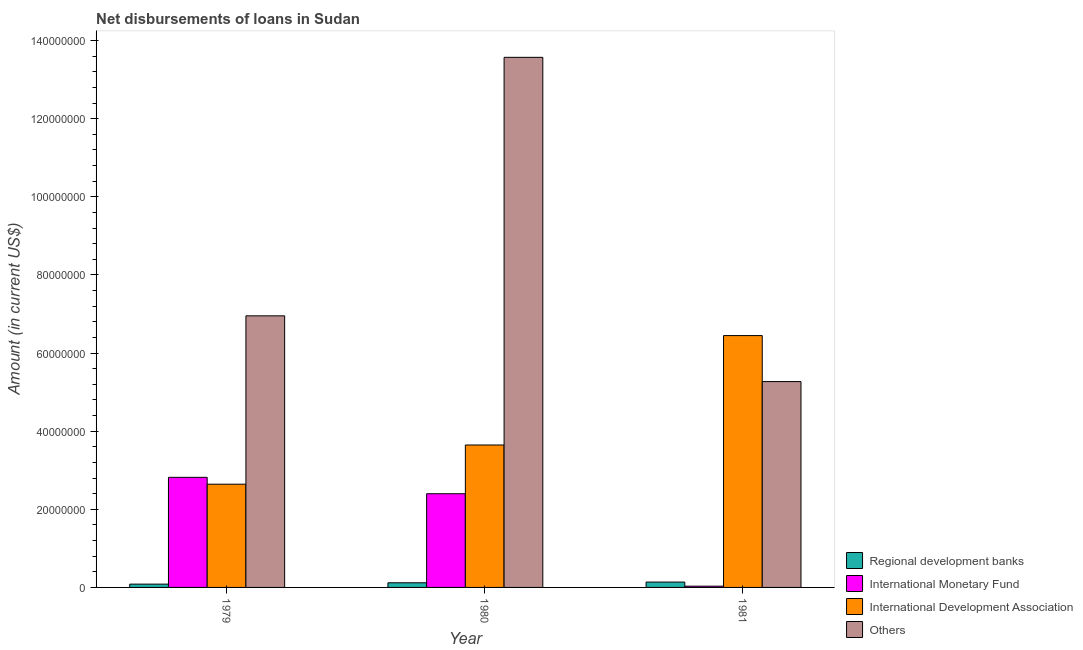
| Year | Regional development banks | International Monetary Fund | International Development Association | Others |
 | --- | --- | --- | --- | --- |
 | 1979 | 8.43e+05 | 2.82e+07 | 2.64e+07 | 6.95e+07 |
 | 1980 | 1.19e+06 | 2.4e+07 | 3.65e+07 | 1.36e+08 |
 | 1981 | 1.37e+06 | 3.2e+05 | 6.45e+07 | 5.27e+07 |